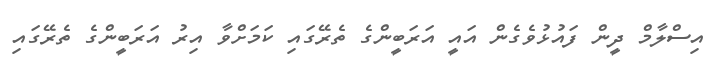
އިސްލާމް ދީން ފައުޅުވެގެން އައީ އަރަބީންގެ ތެރޭގައި ކަމަށްވާ އިރު އަރަބީންގެ ތެރޭގައި